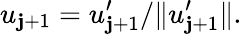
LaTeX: u_{\mathbf{j}+1}=u_{\mathbf{j}+1}^{\prime}/\| u_{\mathbf{j}+1}^{\prime}\| .